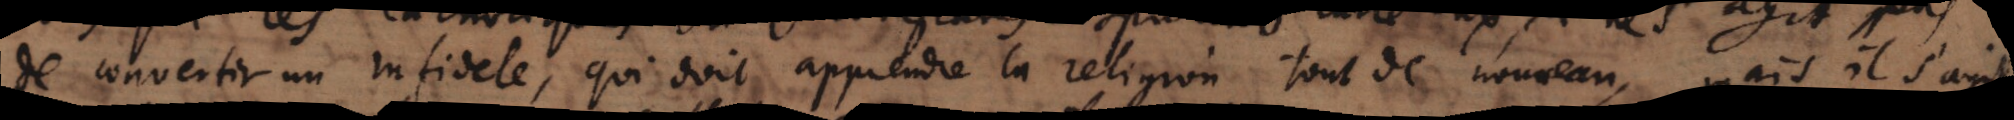
de convertir un infidele, qui doit apprendre la religion tout de nouveau; mais il s’agit